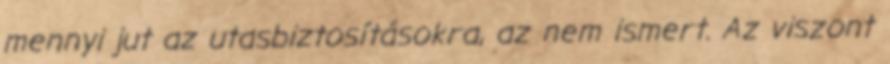
mennyi jut az utasbiztosításokra, az nem ismert. Az viszont